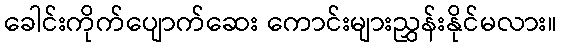
ခေါင်းကိုက်ပျောက်ဆေး ကောင်းများညွှန်းနိုင်မလား။